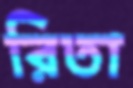
রিতা